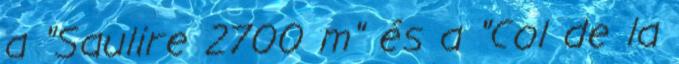
a "Saulire 2700 m" és a "Col de la